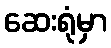
ဆေးရုံမှာ